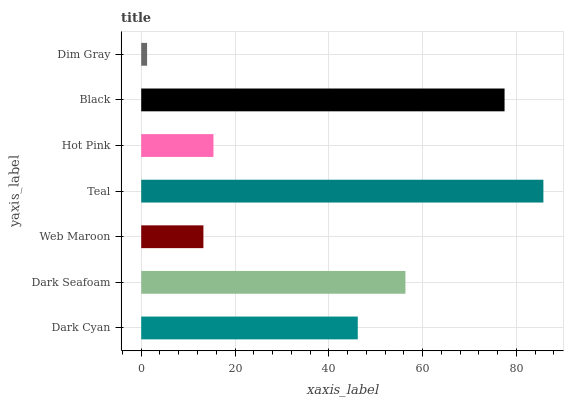
| yaxis_label | bars |
 | --- | --- |
 | Dark Cyan | 46.2 |
 | Dark Seafoam | 56.3 |
 | Web Maroon | 13.3 |
 | Teal | 85.7 |
 | Hot Pink | 15.4 |
 | Black | 77.5 |
 | Dim Gray | 1.25 |